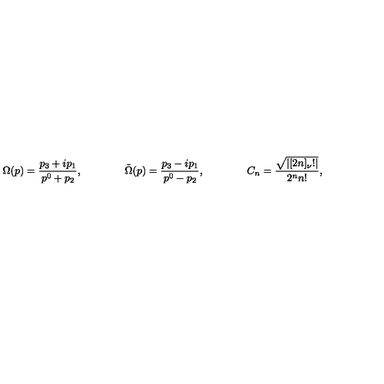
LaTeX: \Omega ( p ) = \frac { p _ { 3 } + i p _ { 1 } } { p ^ { 0 } + p _ { 2 } } , \qquad \qquad \tilde { \Omega } ( p ) = \frac { p _ { 3 } - i p _ { 1 } } { p ^ { 0 } - p _ { 2 } } , \qquad \qquad C _ { n } = \frac { \sqrt { | [ 2 n ] _ { \nu } ! | } } { 2 ^ { n } n ! } ,